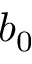
b _ { 0 }